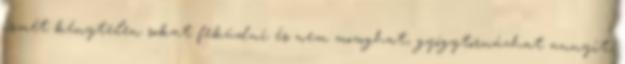
ismét kénytelen sokat feküdni és nem mozoghat, gyógytornázhat annyit,